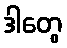
ဒါတွေ